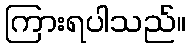
ကြားရပါသည်။